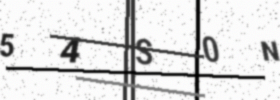
Text: 54S0N